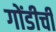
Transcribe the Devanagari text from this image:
गोंडीची